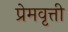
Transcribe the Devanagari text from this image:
प्रेमवृत्ती